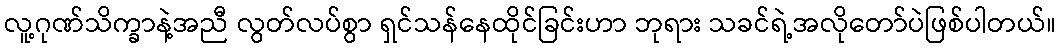
လူ့ဂုဏ်သိက္ခာနဲ့အညီ လွတ်လပ်စွာ ရှင်သန်နေထိုင်ခြင်းဟာ ဘုရား သခင်ရဲ့အလိုတော်ပဲဖြစ်ပါတယ်။